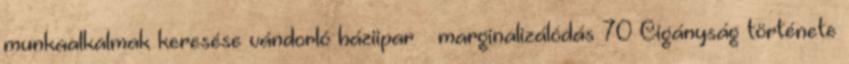
munkaalkalmak keresése vándorló háziipar  marginalizálódás 70 Cigányság története